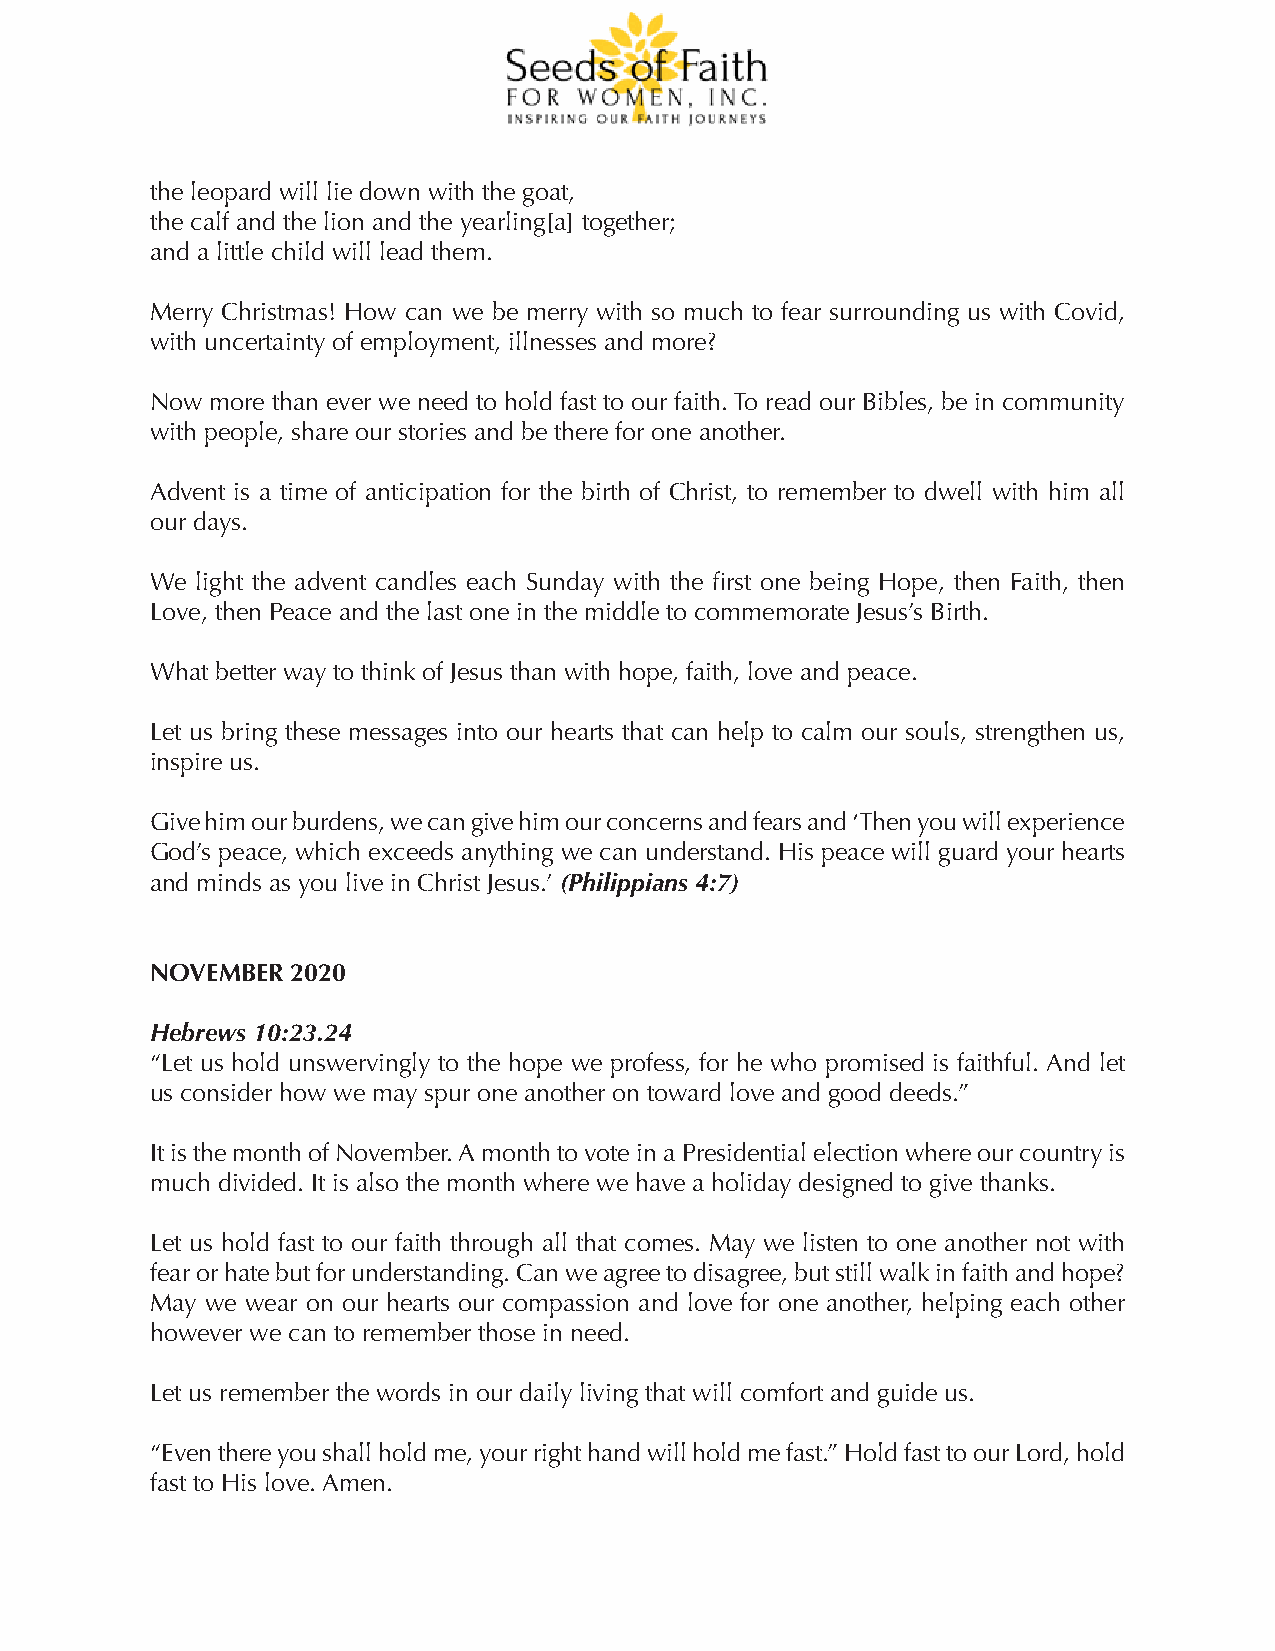
the leopard will lie down with the goat,
 the calf and the lion and the yearling[a] together;
 and a little child will lead them.
 Merry Christmas! How can we be merry with so much to fear surrounding us with Covid,
 with uncertainty of employment, illnesses and more?
 Now more than ever we need to hold fast to our faith. To read our Bibles, be in community
 with people, share our stories and be there for one another.
 Advent is a time of anticipation for the birth of Christ, to remember to dwell with him all
 our days.
 We light the advent candles each Sunday with the first one being Hope, then Faith, then
 Love, then Peace and the last one in the middle to commemorate Jesus’s Birth.
 What better way to think of Jesus than with hope, faith, love and peace.
 Let us bring these messages into our hearts that can help to calm our souls, strengthen us,
 inspire us.
 Give him our burdens, we can give him our concerns and fears and ‘Then you will experience
 God’s peace, which exceeds anything we can understand. His peace will guard your hearts
 and minds as you live in Christ Jesus.’ (Philippians 4:7)
 NOVEMBER 2020
 Hebrews 10:23.24
 “Let us hold unswervingly to the hope we profess, for he who promised is faithful. And let
 us consider how we may spur one another on toward love and good deeds.”
 It is the month of November. A month to vote in a Presidential election where our country is
 much divided. It is also the month where we have a holiday designed to give thanks.
 Let us hold fast to our faith through all that comes. May we listen to one another not with
 fear or hate but for understanding. Can we agree to disagree, but still walk in faith and hope?
 May we wear on our hearts our compassion and love for one another, helping each other
 however we can to remember those in need.
 Let us remember the words in our daily living that will comfort and guide us.
 “Even there you shall hold me, your right hand will hold me fast.” Hold fast to our Lord, hold
 fast to His love. Amen.